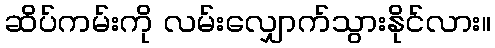
ဆိပ်ကမ်းကို လမ်းလျှောက်သွားနိုင်လား။